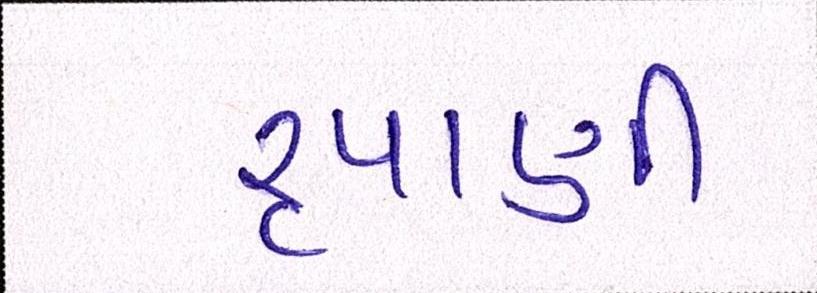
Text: રૃપાણી